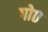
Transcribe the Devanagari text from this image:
गो०